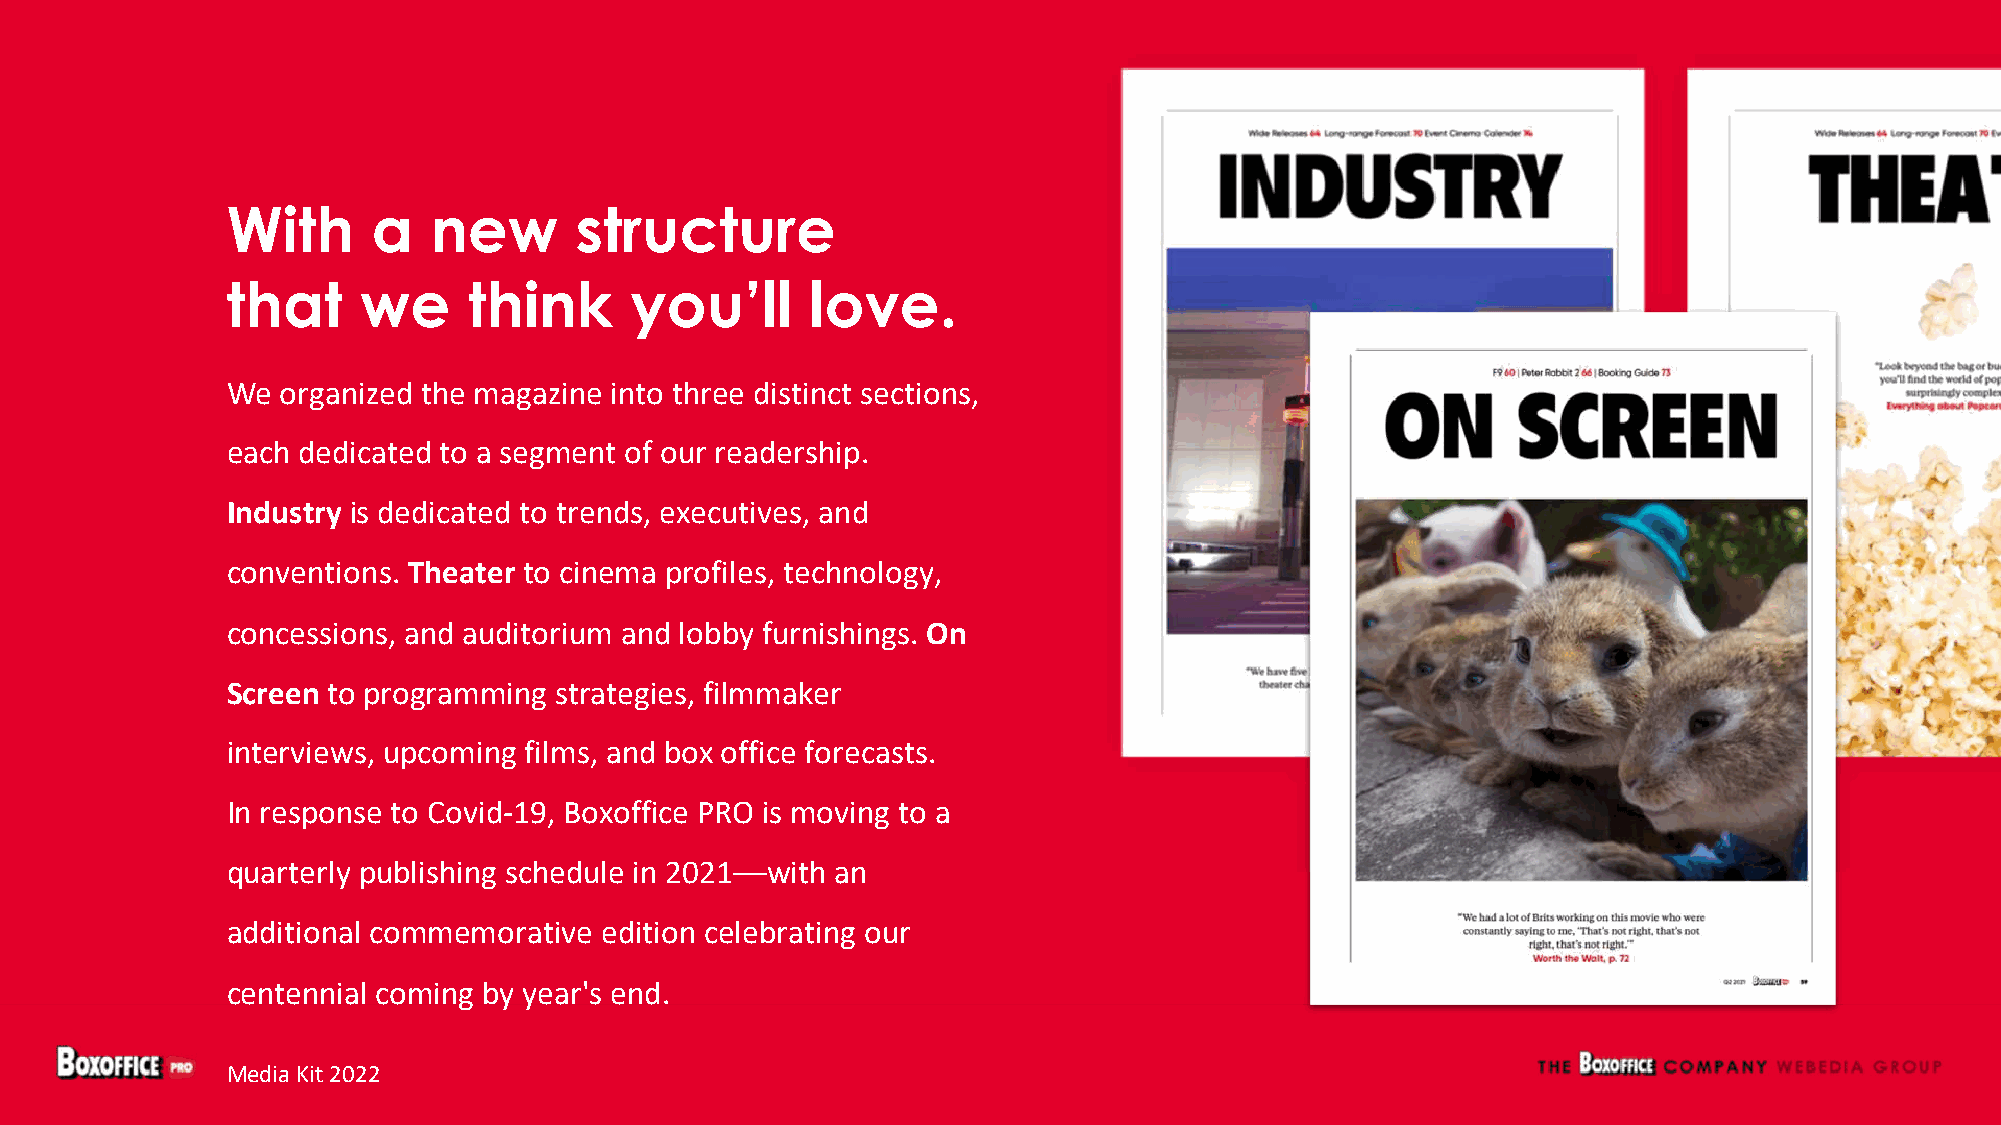
With      a  new       structure
 that     we     think      you’ll      love.
 We  organized the magazine into three distinct sections,
 each dedicated to a segment of our readership.
 Industry is dedicated to trends, executives, and
 conventions. Theater to cinema profiles, technology,
 concessions, and auditorium and lobby furnishings. On
 Screen to programming strategies, filmmaker
 interviews, upcoming films, and box office forecasts.
 In response to Covid-19, Boxoffice PRO is moving to a
 quarterly publishing schedule in 2021––with an
 additional commemorative edition celebrating our
 centennial coming by year's end.
 Media Kit 2022